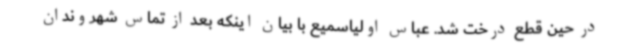
در حین قطع درخت شد. عباس اولیاسمیع با بیان اینکه بعد از تماس شهروندان